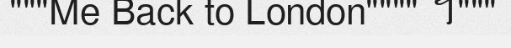
"""Me Back to London"""" ។"""